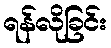
ရန်လိုခြင်း